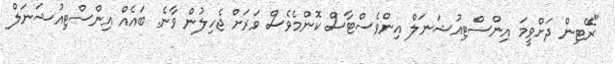
"ރޭޓިން ދަށްވީމަ އިންސްޓިއުޝަނަލް އިންވެސްޓާސް ކޮންމެވެސް ވަރަށް ޖެހިލުން ވާނެ. ބައެއް އިންސްޓިއުޝަނަލް